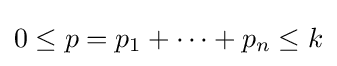
0\leq p=p_{1}+\cdots +p_{n}\leq k